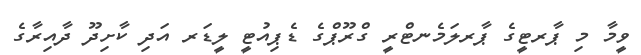
ވީމާ މި ޕާރޓީގެ ޕާރލަމެނޓްރީ ގްރޫޕްގެ ޑެޕިއުޓީ ލީޑަރ އަދި ކާށިދޫ ދާއިރާގެ